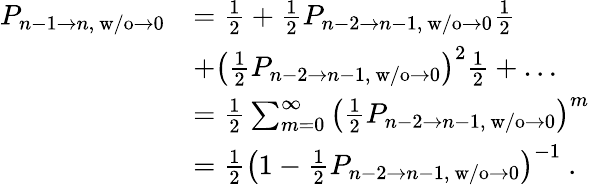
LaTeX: \begin{array}{rl}{P_{n-1\to n,\mathrm{~w/o}\to 0}}&{=\frac{1}{2}+\frac{1}{2}P_{n-2\to n-1,\mathrm{~w/o}\to 0}\frac{1}{2}}\\ &{+\left(\frac{1}{2}P_{n-2\to n-1,\mathrm{~w/o}\to 0}\right)^{2}\frac{1}{2}+\dots}\\ &{=\frac{1}{2}\sum_{m=0}^{\infty}\left(\frac{1}{2}P_{n-2\to n-1,\mathrm{~w/o}\to 0}\right)^{m}}\\ &{=\frac{1}{2}\left(1-\frac{1}{2}P_{n-2\to n-1,\mathrm{~w/o}\to 0}\right)^{-1}\ .}\end{array}